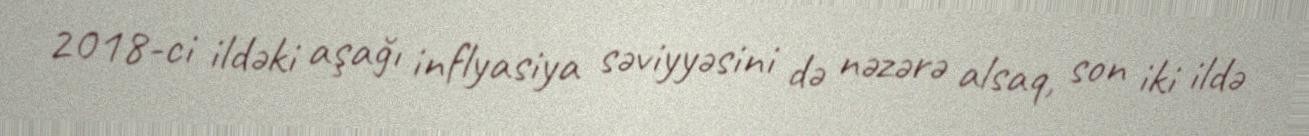
2018-ci ildəki aşağı inflyasiya səviyyəsini də nəzərə alsaq, son iki ildə